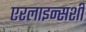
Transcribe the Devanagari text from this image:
एरलाइन्सशी